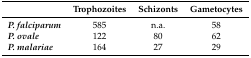
|  | Trophozoites | Schizonts | Gametocytes |
 | --- | --- | --- | --- |
 | P. falciparum | 585 | n.a. | 58 |
 | P. ovale | 122 | 80 | 62 |
 | P. malariae | 164 | 27 | 29 |